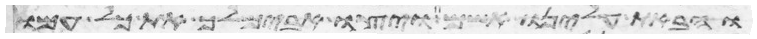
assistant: והבאת עלינו אשם ויצו אבימלך את כל עמו